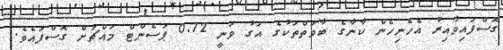
ގޮސްފައިވާއިރު އެހެނިހެން ކާނާގެ ބާވަތްތަކުގެ އަގު ވަނީ 0.72 ޕަސެންޓް މައްޗަށް ގޮސްފައެވެ.